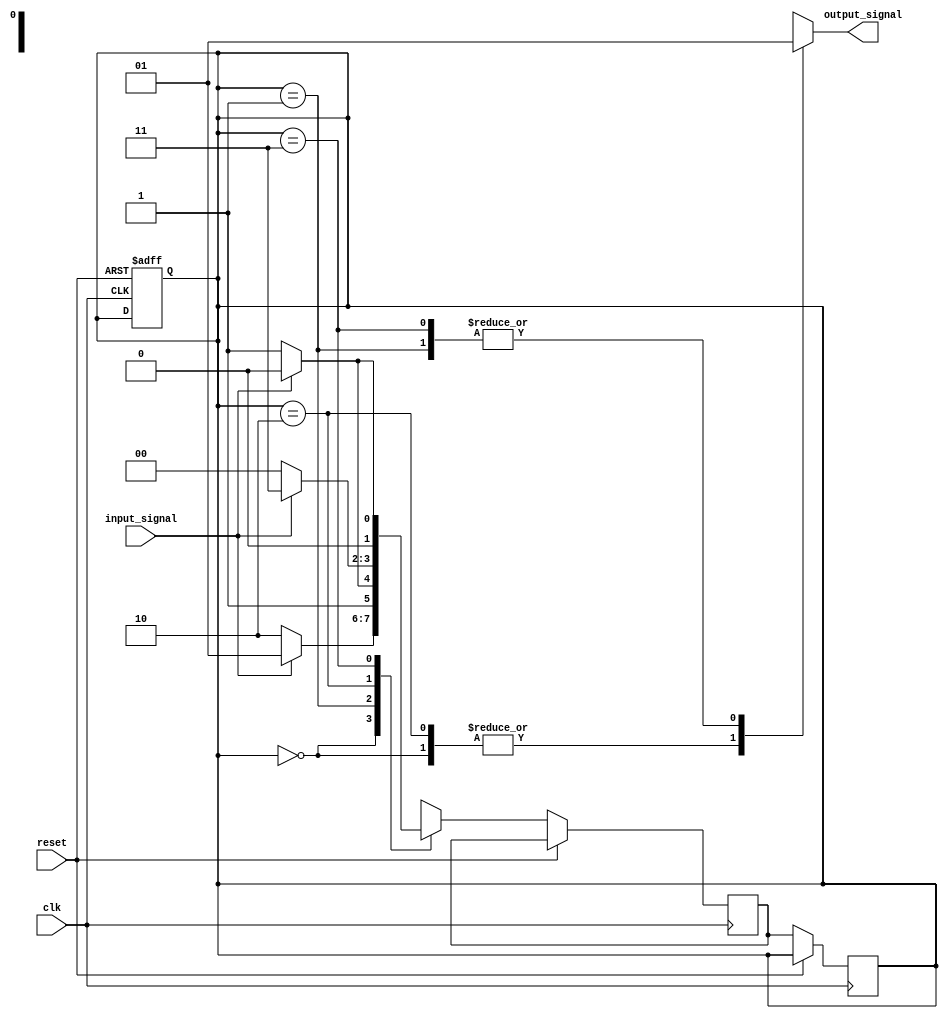
module state_machine (
    input wire clk,
    input wire reset,
    input wire input_signal,
    output reg output_signal
);

// Define states using reduced state encoding
parameter STATE_A = 2'b00;
parameter STATE_B = 2'b01;
parameter STATE_C = 2'b10;
parameter STATE_D = 2'b11;

// Define state register
reg [1:0] state_reg, next_state;

// Define state transitions based on input signals
always @ (posedge clk or posedge reset) begin
    if (reset)
        state_reg <= STATE_A;
    else begin
        case (state_reg)
            STATE_A: begin
                if (input_signal)
                    next_state <= STATE_B;
                else
                    next_state <= STATE_C;
            end
            STATE_B: begin
                if (input_signal)
                    next_state <= STATE_C;
                else
                    next_state <= STATE_D;
            end
            STATE_C: begin
                if (input_signal)
                    next_state <= STATE_D;
                else
                    next_state <= STATE_A;
            end
            STATE_D: begin
                if (input_signal)
                    next_state <= STATE_A;
                else
                    next_state <= STATE_B;
            end
        endcase
    end
end

// Update state register with next state
always @ (posedge clk)
    if (!reset)
        state_reg <= next_state;

// Output signal logic based on current state
always @ (*)
    case (state_reg)
        STATE_A: output_signal = 1'b0;
        STATE_B: output_signal = 1'b1;
        STATE_C: output_signal = 1'b0;
        STATE_D: output_signal = 1'b1;
    endcase

endmodule